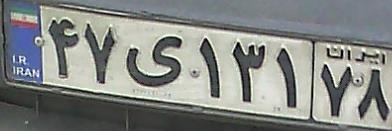
۴۷ی۱۳۱۷۸